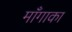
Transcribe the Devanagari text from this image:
माँगाका